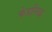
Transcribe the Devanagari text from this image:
फेडरिख